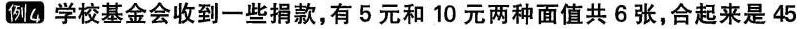
例4 学校基金会收到一些捐款，有5元和10元两种面值共6张，合起来是45